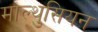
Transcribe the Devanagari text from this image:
माल्थुसियन